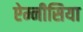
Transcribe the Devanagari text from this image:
ऐम्नीसिया